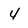
Character: 4